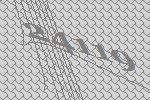
24119